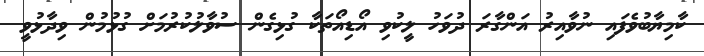
ކާމިޔާބުވެފައި ނުވާއިރު އަންގާރަ ދުވަހު ލީކުވި އޯޑިއޯތަކާ ގުޅިގެން ސުވާލުކުރުމަށް ގުޅުމުން ވިދާޅުވީ